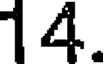
14.